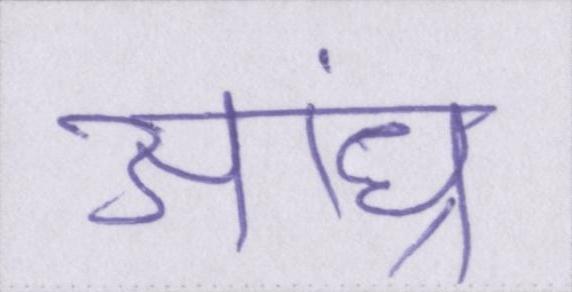
आंध्र